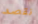
نقصد